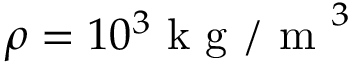
\rho = 1 0 ^ { 3 } \mathrm { ~ k ~ g ~ / ~ m ~ } ^ { 3 }